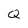
Character: Q